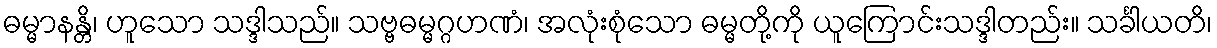
ဓမ္မာနန္တိ၊ ဟူသော သဒ္ဒါသည်။ သဗ္ဗဓမ္မဂ္ဂဟဏံ၊ အလုံးစုံသော ဓမ္မတို့ကို ယူကြောင်းသဒ္ဒါတည်း။ သင်္ခါယတိ၊